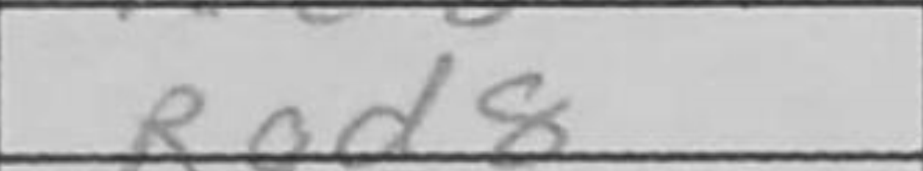
Transcription: Rad8